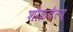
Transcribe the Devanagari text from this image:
शौक़वैल्यू